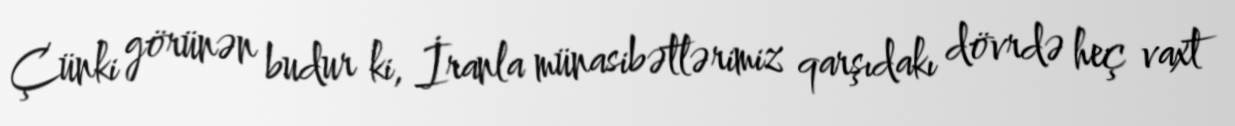
Çünki görünən budur ki, İranla münasibətlərimiz qarşıdakı dövrdə heç vaxt